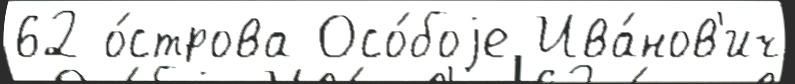
62 о́строва Осо́боjе Ива́нов'ич